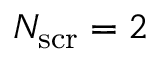
N _ { \mathrm { s c r } } = 2